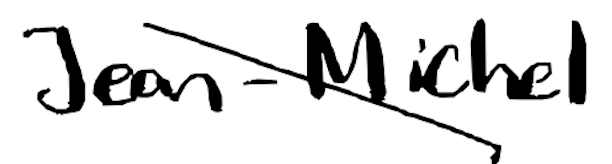
Text: Jean-Michel
Cross-out: diagonal
Writing tool: digital_black